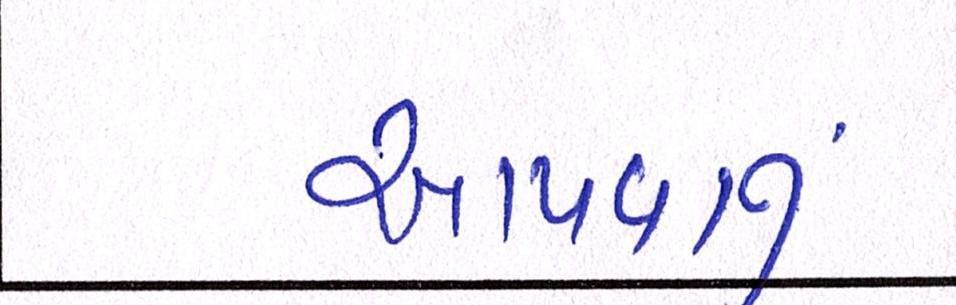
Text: આપવાનું